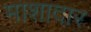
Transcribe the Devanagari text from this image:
माशादार